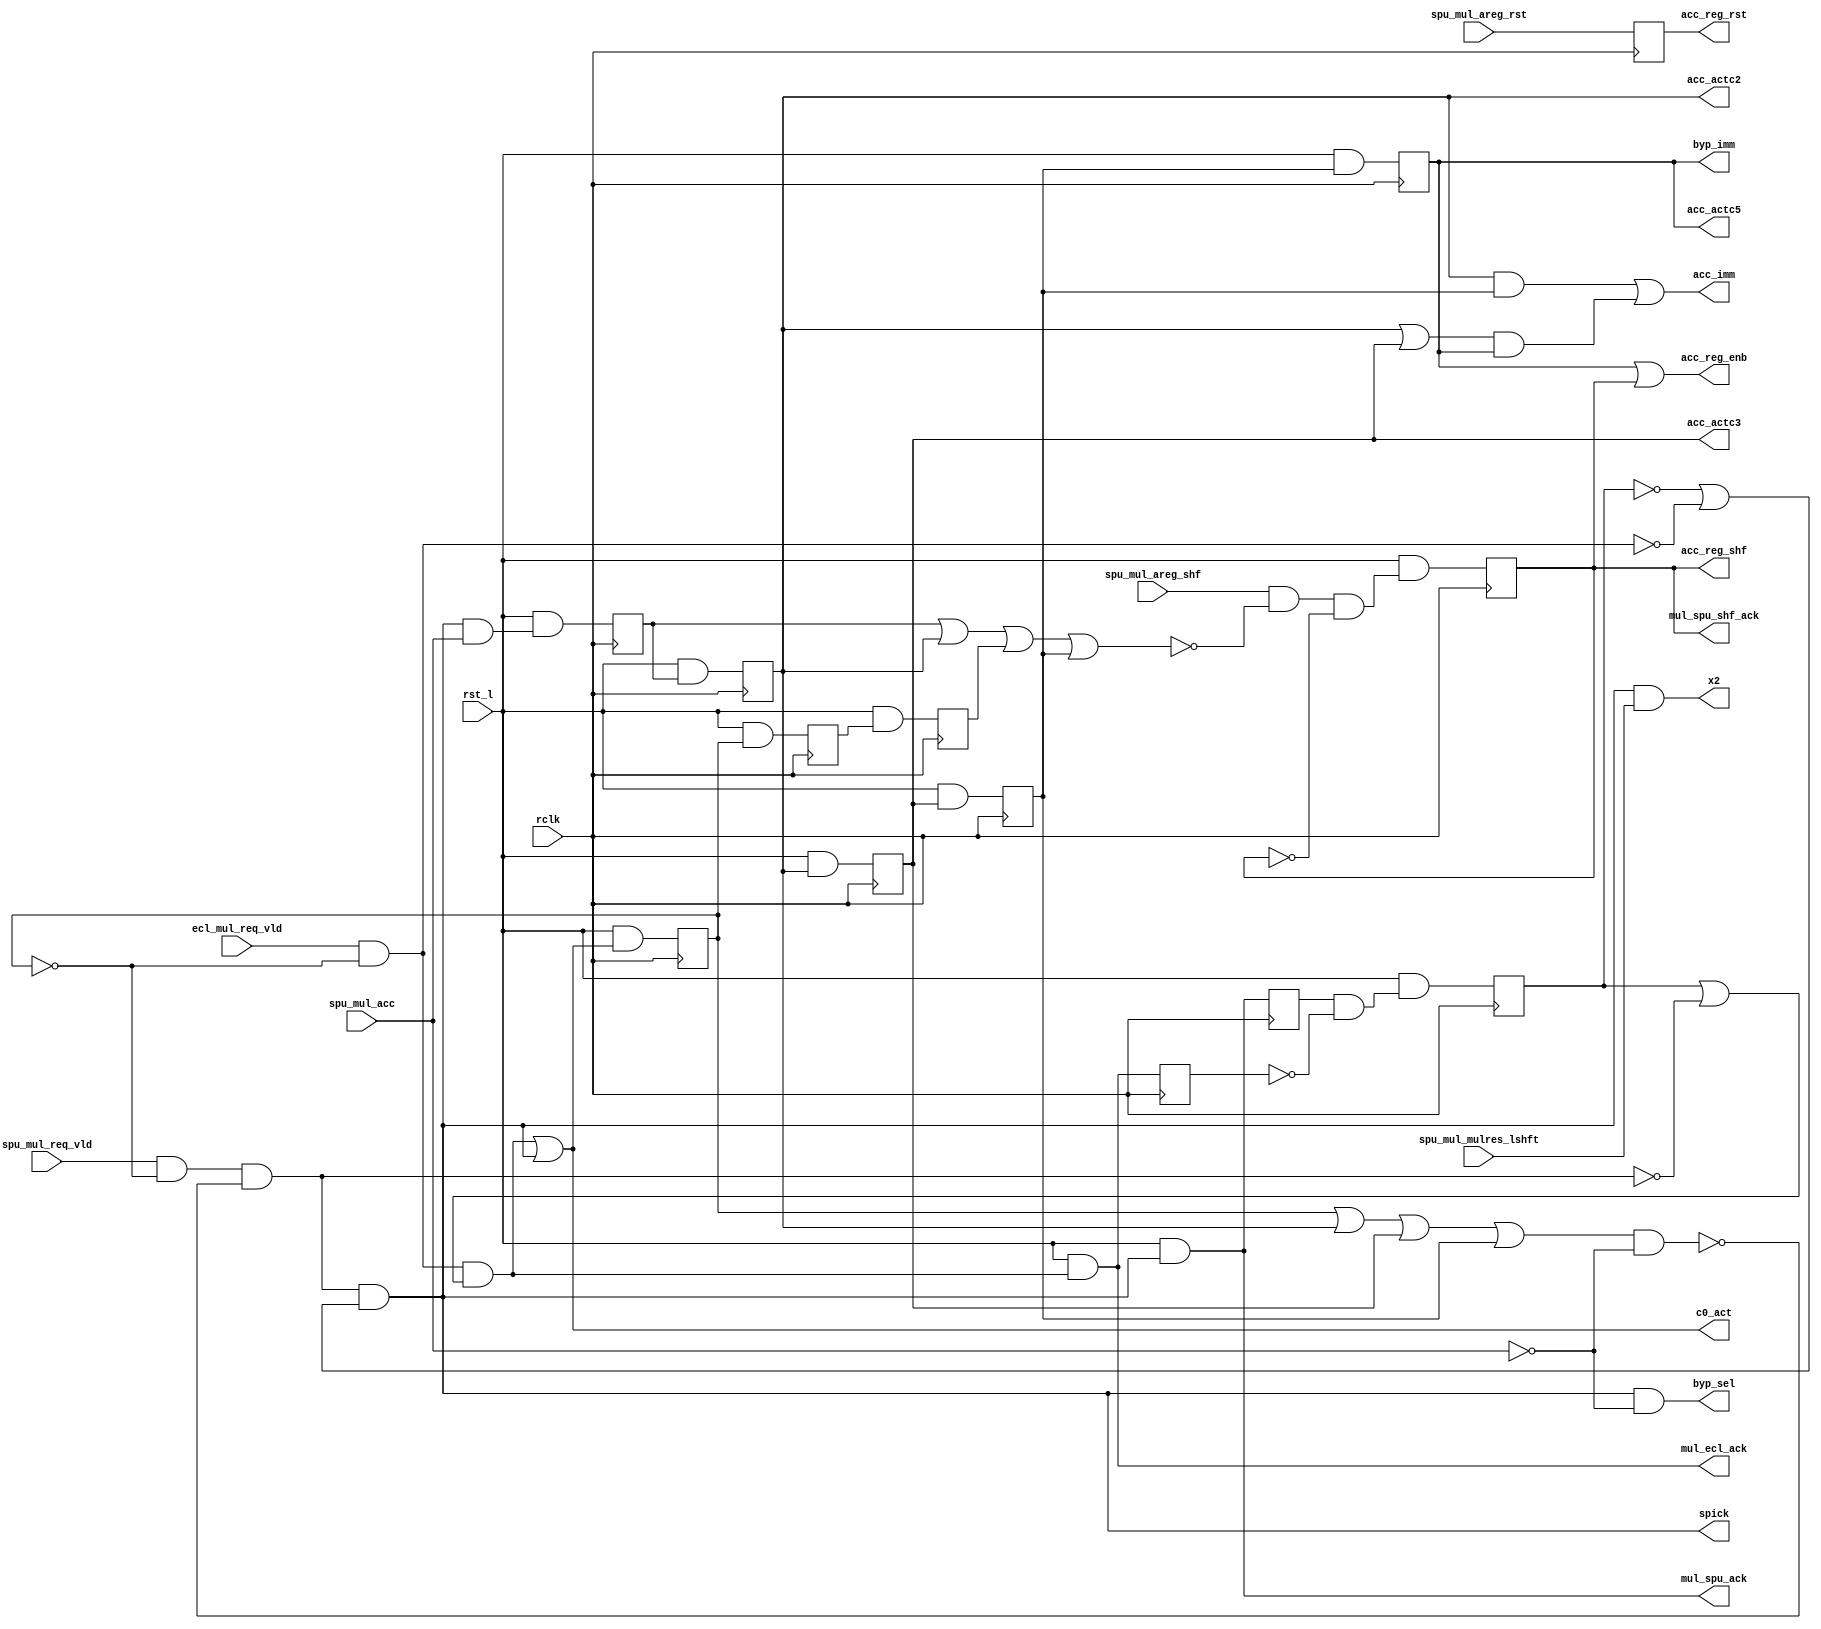
// ========== Copyright Header Begin ==========================================
// 
// OpenSPARC T1 Processor File: sparc_mul_cntl.v
// Copyright (c) 2006 Sun Microsystems, Inc.  All Rights Reserved.
// DO NOT ALTER OR REMOVE COPYRIGHT NOTICES.
// 
// The above named program is free software; you can redistribute it and/or
// modify it under the terms of the GNU General Public
// License version 2 as published by the Free Software Foundation.
// 
// The above named program is distributed in the hope that it will be 
// useful, but WITHOUT ANY WARRANTY; without even the implied warranty of
// MERCHANTABILITY or FITNESS FOR A PARTICULAR PURPOSE.  See the GNU
// General Public License for more details.
// 
// You should have received a copy of the GNU General Public
// License along with this work; if not, write to the Free Software
// Foundation, Inc., 51 Franklin St, Fifth Floor, Boston, MA 02110-1301, USA.
// 
// ========== Copyright Header End ============================================
module sparc_mul_cntl(
  ecl_mul_req_vld,
  spu_mul_req_vld,
  spu_mul_acc,
  spu_mul_areg_shf,
  spu_mul_areg_rst,
  spu_mul_mulres_lshft,
  c0_act,
  spick,
  byp_sel,
  byp_imm,
  acc_imm,
  acc_actc2,
  acc_actc3,
  acc_actc5,
  acc_reg_enb,
  acc_reg_rst,
  acc_reg_shf,
  x2,
  mul_ecl_ack,
  mul_spu_ack,
  mul_spu_shf_ack,
  rst_l,
  rclk
  );

input		rclk;
input		rst_l;			// System rest 
input		ecl_mul_req_vld; 	// Input request from EXU to MUL
input		spu_mul_req_vld;	// Input request from SPU to MUL
input		spu_mul_acc;		// 1: SPU mul op req will accumulate the ACCUM register 
input 		spu_mul_areg_shf;	// ACCUM shift right 64-bit
input 		spu_mul_areg_rst;	// ACCUM reset; initialization of modular multiplication
input		spu_mul_mulres_lshft;	// For x2 of op1*op2*2 left shift
output		c0_act;			// cycle-0 of muliplier operation
output		spick;
output		byp_sel;		// Bypass mux control
output		byp_imm;
output		acc_imm;
output		acc_actc2, acc_actc3;	// accumulate enable for LSB-32 and All-96
output		acc_actc5;		// accumulate enable for LSB-32 and All-96
output		acc_reg_enb;		// ACCUM register enable
output		acc_reg_rst;		// ACCUM register reset
output		acc_reg_shf;		// ACCUM register shift select
output		x2;
output		mul_ecl_ack;		// Ack EXU multiplier operation is accepted.
output		mul_spu_ack;		// Ack SPU multiplier operation is accepted.
output		mul_spu_shf_ack;	// Ack SPU shift operation is accepted.

reg 		mul_ecl_ack_d;
reg		mul_spu_ack_d;
reg		c1_act;			// Squash all mul requests from EXU and SPU if c1_act = 1
reg		c2_act;			// Squash bypass ACCUM mul request from SPU if c2_act = 1
reg		c3_act;			// Enable >>32 results back to CSA2 if c3_act = 1
reg		favor_e;		// Flag for alternate picker, favor to EXU if f_state = 1
reg 		acc_actc1, acc_actc2, acc_actc3, acc_actc4, acc_actc5;
reg		acc_reg_shf, acc_reg_rst; 

wire		exu_req_vld, spu_req_vld;
wire		epick;			// Internal pick signals of exu, spu multiplier
wire		nobyps;			// Squash SPU bypass mul requests nobyps = 1
wire		noshft;			// Squash SPU bypass mul requests noshft = 1
wire		acc_reg_shf_in;
wire 		spu_mul_byp = ~spu_mul_acc ; 
wire		clk;


/////////////////////////////////////////
// Requests picker and general control //
/////////////////////////////////////////

assign clk = rclk ;

assign	c0_act = epick | spick ;				// Cycle0 of multiplier operation
//assign	c1_act = mul_ecl_ack_d | mul_spu_ack_d ;		// Cycle1 of multiplier operation
assign  nobyps = c1_act | acc_actc2 | acc_actc3 | acc_actc4 ; 	// Cycles prevent the SPU bypass 

assign  x2 = spick & spu_mul_mulres_lshft;

assign	exu_req_vld = ecl_mul_req_vld & ~c1_act ;
assign	spu_req_vld = spu_mul_req_vld & ~c1_act & ~(nobyps & spu_mul_byp); 

assign	epick = exu_req_vld & ( favor_e | ~spu_req_vld) ; 
assign  spick = spu_req_vld & (~favor_e | ~exu_req_vld) ;

// moved this one cycle earlier   
assign    mul_spu_ack = rst_l & spick ;
assign    mul_ecl_ack = rst_l & epick ;
   
always @(posedge clk)
  begin
	mul_ecl_ack_d <= rst_l & epick ;
	mul_spu_ack_d <= rst_l & spick ;
	c1_act <= rst_l & c0_act ;
	c2_act <= rst_l & c1_act ; 
	c3_act <= rst_l & c2_act ; 

	favor_e <= rst_l & (mul_spu_ack_d & ~mul_ecl_ack_d);		
  end

/////////////////////////////////////////////////
// SPU accumulate and bypass and shift control //
/////////////////////////////////////////////////

assign 	byp_sel = spick & spu_mul_byp ;	// SPU bypass operand is picked 

//////////////////////////////////////////////////////////////////////////
//	No ACCUM >>= 64 allow if there are 				//
//	1) accumulate mul before cycle4 which need to updated ACCUM	//
//	2) Any mul at cyc3 which will use the same output mux at cyc-5	//
//////////////////////////////////////////////////////////////////////////
assign  noshft = acc_actc1 | acc_actc2 | c3_act | acc_actc4 ;

						// Squash shifr if:
assign  acc_reg_shf_in =   spu_mul_areg_shf &	// No shift request
			  ~noshft	    &	// SPU accum mul in cycle1~4 or EXU mul in cycle3
			  ~acc_reg_shf ;	// reset SPU shift request for 1-cycle for signal upate

always @(posedge clk)
  begin
	acc_reg_shf <= rst_l & acc_reg_shf_in ;		// latch ACCUM reg shift control

	acc_reg_rst <=  spu_mul_areg_rst ;		// latch input control of ACCUM reg reset

        acc_actc1 <= rst_l & (spick & spu_mul_acc) ;	// SPU MAC in cycle 1
        acc_actc2 <= rst_l & acc_actc1 ;			// SPU MAC in cycle 2 
        acc_actc3 <= rst_l & acc_actc2 ;			// SPU MAC in cycle 3 
        acc_actc4 <= rst_l & acc_actc3 ;			// SPU MAC in cycle 4 
        acc_actc5 <= rst_l & acc_actc4 ;			// SPU MAC in cycle 5 
  end

assign  mul_spu_shf_ack = acc_reg_shf;

assign 	byp_imm = acc_actc5 ;

assign 	acc_imm = (acc_actc2 & acc_actc4) | ((acc_actc2 | acc_actc3) & acc_actc5)  ; 

assign 	acc_reg_enb = acc_actc5 | acc_reg_shf;		// enable of ACCUM registers 


endmodule // sparc_mul_cntl